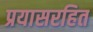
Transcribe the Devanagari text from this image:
प्रयासरहित